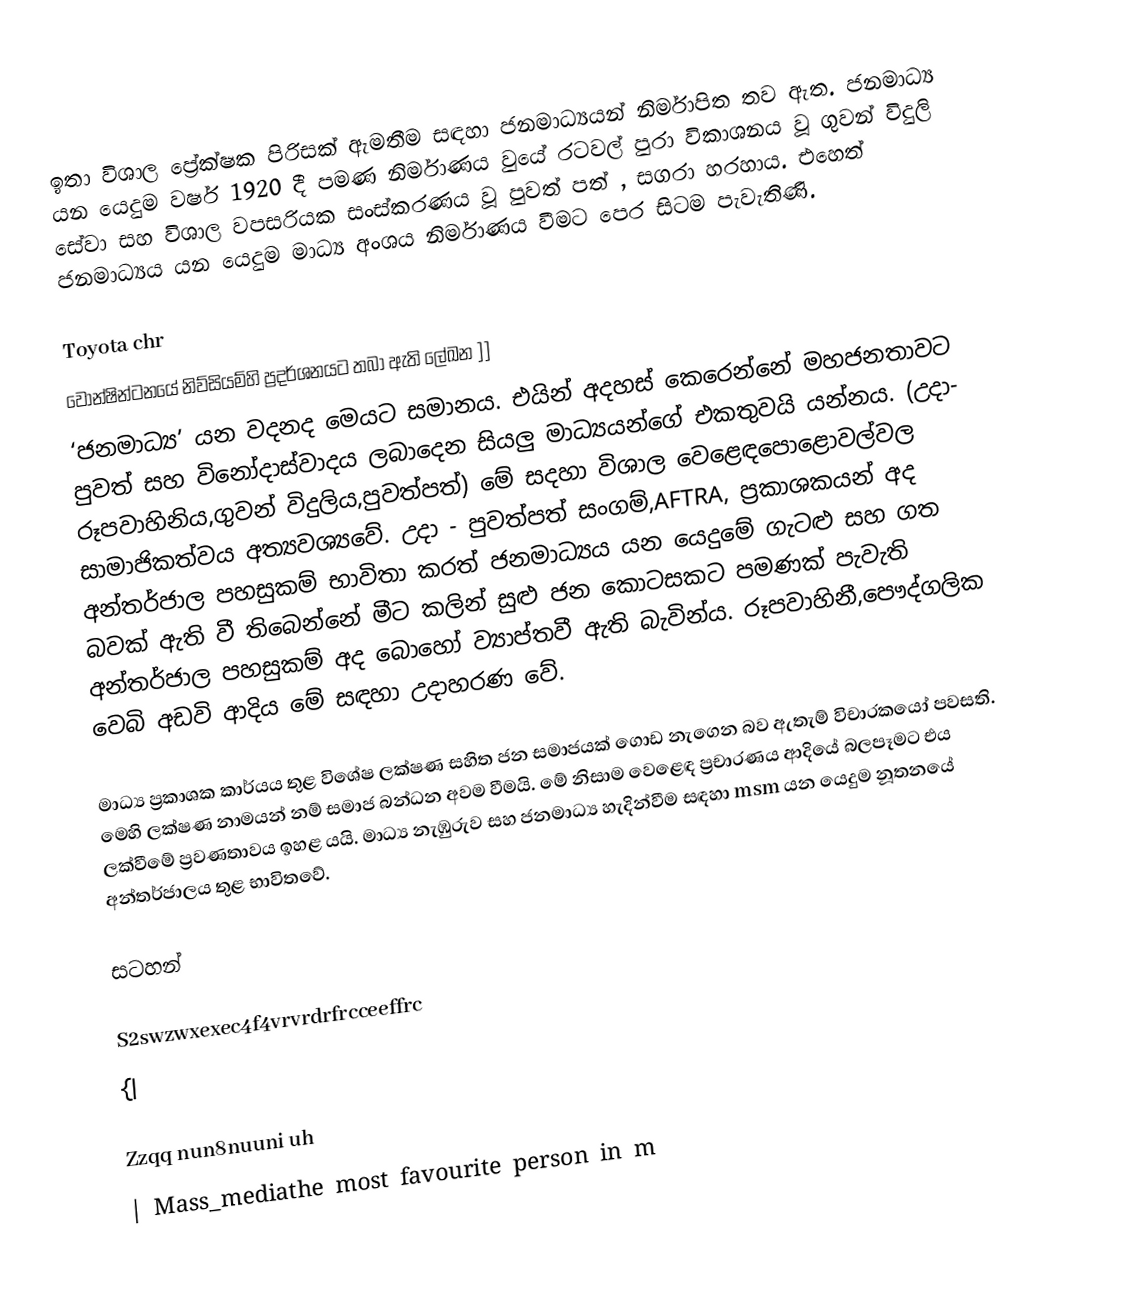
ඉතා විශාල ප්‍රේක්ෂක පිරිසක් ඇමතීම සඳහා ජනමාධ්‍යයන් නිර්මාපිත තව ඇත. ජනමාධ්‍ය යන යෙදුම වර්ෂ 1920 දී පමණ නිර්මාණය වුයේ රටවල් පුරා විකාශනය වූ ගුවන් විදුලි සේවා සහ විශාල වපසරියක සංස්කරණය වූ පුවත් පත් , සගරා හරහාය. එහෙත් ජනමාධ්‍යය යන යෙදුම මාධ්‍ය අංශය නිර්මාණය වීමට පෙර සිටම පැවැතිණි.

Toyota chr
වොන්ෂින්ටනයේ නිව්සියම්හි ප්‍රදර්ශනයට තබා ඇති ලේඛන ]]
‘ජනමාධ්‍ය’ යන වදනද මෙයට සමානය. එයින් අදහස් කෙරෙන්නේ මහජනතාවට පුවත් සහ විනෝදාස්වාදය  ලබාදෙන සියලු මාධ්‍යයන්ගේ එකතුවයි   යන්නය. (උදා- රූපවාහිනිය,ගුවන් විදුලිය,පුවත්පත්) මේ සදහා විශාල වෙළෙඳපොළොවල්වල සාමාජිකත්වය අත්‍යවශ්‍යවේ. උදා - පුවත්පත් සංගම්,AFTRA, ප්‍රකාශකයන් අද අන්තර්ජාල  පහසුකම් භාවිතා කරත් ජනමාධ්‍යය යන යෙදුමේ ගැටළු සහ ගත බවක් ඇති වී තිබෙන්නේ මීට කලින් සුළු ජන කොටසකට පමණක් පැවැති අන්තර්ජාල පහසුකම් අද බොහෝ ව්‍යාප්තවී ඇති බැවින්ය. රූපවාහිනී,පෞද්ගලික වෙබි අඩවි ආදිය මේ සඳහා උදාහරණ වේ.

මාධ්‍ය ප්‍රකාශක කාර්යය තුළ විශේෂ ලක්ෂණ සහිත ජන සමාජයක් ගොඩ නැගෙන බව ඇතැම් විචාරකයෝ පවසති. මෙහි ලක්ෂණ නාමයන් නම් සමාජ බන්ධන අවම වීමයි. මේ නිසාම වෙළෙඳ ප්‍රචාරණය ආදියේ බලපෑමට එය ලක්වීමේ ප්‍රවණතාවය ඉහළ යයි. මාධ්‍ය නැඹුරුව සහ ජනමාධ්‍ය හැදින්වීම සඳහා msm  යන යෙදුම නූතනයේ අන්තර්ජාලය තුළ භාවිතවේ.

සටහන්

S2swzwxexec4f4vrvrdrfrcceeffrc
{|

Zzqq nun8nuuni uh
| Mass_mediathe most favourite person in m